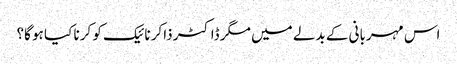
اس مہربانی کے بدلے میں مگر ڈاکٹر ذاکر نائیک کو کرنا کیا ہو گا؟